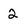
Character: 2